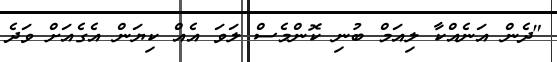
"ދެން އަނެއްކާ ލިއަމް ބުނި ކޮންމެސް ލަވަ އެއް ކިޔަން އެގެއަށް ވަދެ